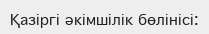
Қазіргі әкімшілік бөлінісі: